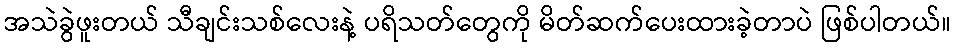
အသဲခွဲဖူးတယ် သီချင်းသစ်လေးနဲ့ ပရိသတ်တွေကို မိတ်ဆက်ပေးထားခဲ့တာပဲ ဖြစ်ပါတယ်။